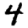
Digit: 4